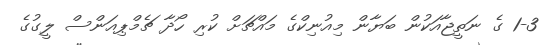
1-3 ގެ ނަތީޖާއަކުން ބަޔާން މިއުނިކްގެ މައްޗަށް ކުރި ހޯދާ ޗެމްޕިއަންސް ލީގުގެ